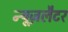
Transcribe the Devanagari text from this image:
न्यूज़लैटर